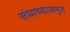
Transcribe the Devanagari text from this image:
संघाच्याअमृत